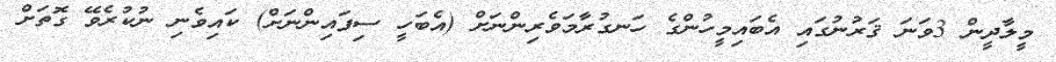
މީލާދީން 3ވަނަ ޤަރުނުގައި އެބައިމީހުންގެ ހަނގުރާމަވެރިންނަށް (އެބަހީ ސިފައިންނަށް) ކައިވެނި ނުކުރެވޭ ގޮތަށް